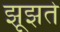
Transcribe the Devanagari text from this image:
झूझते